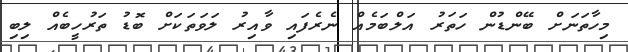
މިހާތަނަށް ބޭންޑުން ހަތަރު އަލްބަމެއް ނެރެފައި ވާއިރު ލަވަތަކަށް ބޮޑު ތަރުހީބެއް ލިބި